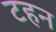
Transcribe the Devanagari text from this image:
टहन